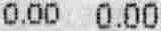
0.00 0.00